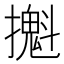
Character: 𢷪